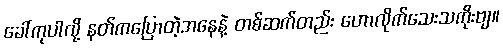
ခေါ်ကုပါလို့ နတ်ကပြောတဲ့အနေနဲ့ တစ်ဆက်တည်း ဟောလိုက်သေးသကိုးဗျ။